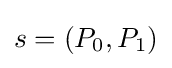
s=(P_{0},P_{1})